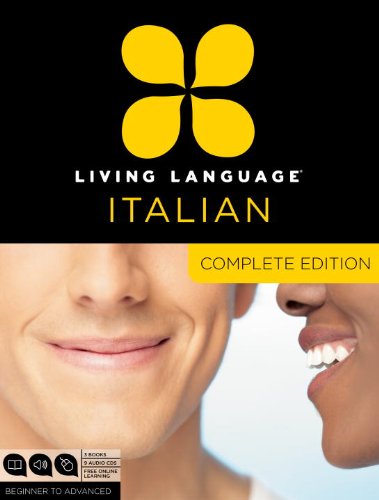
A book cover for Living Language Italian, Complete Edition: Beginner through advanced course, including 3 coursebooks, 9 audio CDs, and free online learning; Living Language; Education & Teaching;